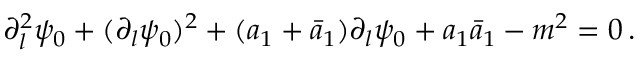
\partial _ { l } ^ { 2 } \psi _ { 0 } + ( \partial _ { l } \psi _ { 0 } ) ^ { 2 } + ( a _ { 1 } + \bar { a } _ { 1 } ) \partial _ { l } \psi _ { 0 } + a _ { 1 } \bar { a } _ { 1 } - m ^ { 2 } = 0 \, .